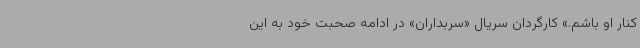
کنار او باشم.» کارگردان سریال «سربداران» در ادامه صحبت خود به این